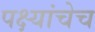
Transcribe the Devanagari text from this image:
पक्ष्यांचेच